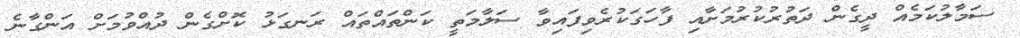
ސަމާލުކަމެއް ދީގެން ދަތުރުކުރުމަށާއި ފާހަގަކުރެވިފައިވާ ސަލާމަތީ ކަންތައްތައް ރަނގަޅު ކޮށްގެން ދުއްވުމަށް އަންގާނެ